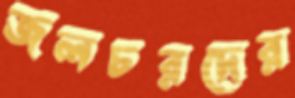
জলচরদের